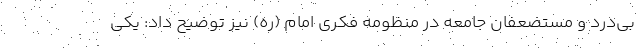
بی‌درد و مستضعفان جامعه در منظومه فکری امام (ره) نیز توضیح داد: یکی